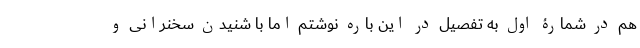
هم در شمارۀ اول به تفصیل در این باره نوشتم اما با شنیدن سخنرانی و